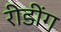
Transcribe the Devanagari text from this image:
रीडींग